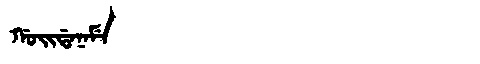
Manchu: ᡤᠣᡳᡩᠠᠨᠠᠮᡝ
Romanization: GOIDANAME